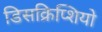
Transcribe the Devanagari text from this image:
डिसक्रिप्शियो